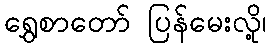
ရွှေစာတော် ပြန်မေးလို့၊